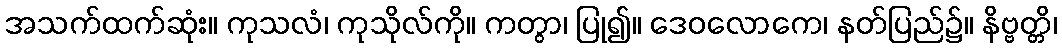
အသက်ထက်ဆုံး။ ကုသလံ၊ ကုသိုလ်ကို။ ကတွာ၊ ပြု၍။ ဒေဝလောကေ၊ နတ်ပြည်၌။ နိဗ္ဗတ္တိ၊